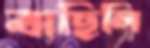
বাছিলি